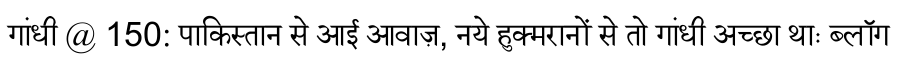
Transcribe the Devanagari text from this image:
गांधी @ 150: पाकिस्तान से आई आवाज़, नये हुक्मरानों से तो गांधी अच्छा थाः ब्लॉग